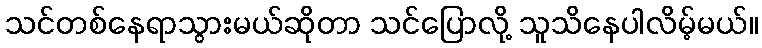
သင်တစ်နေရာသွားမယ်ဆိုတာ သင်ပြောလို့ သူသိနေပါလိမ့်မယ်။